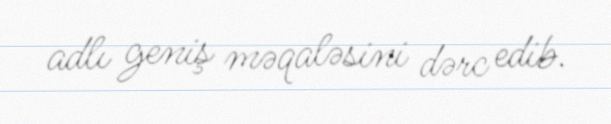
adlı geniş məqaləsini dərc edib.